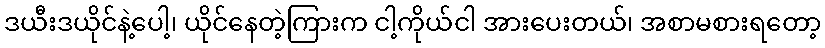
ဒယီးဒယိုင်နဲ့ပေါ့၊ ယိုင်နေတဲ့ကြားက ငါ့ကိုယ်ငါ အားပေးတယ်၊ အစာမစားရတော့